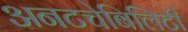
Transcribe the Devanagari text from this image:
अनटचेबिलिटी